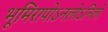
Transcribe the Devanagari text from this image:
भूमिरापोऽनलोऽनिलो